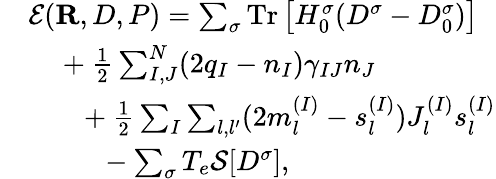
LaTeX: \begin{array}{rl}&{{\cal E}({\mathbf R},D,P)=\sum_{\sigma}\mathrm{Tr}\left[H_{0}^{\sigma}(D^{\sigma}-D_{0}^{\sigma})\right]}\\ &{~~~~+\frac{1}{2}\sum_{I,J}^{N}(2q_{I}-{n}_{I})\gamma_{IJ}{n}_{J}}\\ &{~~~~~~~+\frac{1}{2}\sum_{I}\sum_{l,l^{\prime}}(2m_{l}^{(I)}-s_{l}^{(I)})J_{l}^{(I)}s_{l}^{(I)}}\\ &{~~~~~~~~~~-\sum_{\sigma}T_{e}{\cal S}[D^{\sigma}],}\end{array}